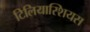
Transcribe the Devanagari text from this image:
टिलियास्शियस